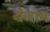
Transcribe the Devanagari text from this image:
ग्रेजाय